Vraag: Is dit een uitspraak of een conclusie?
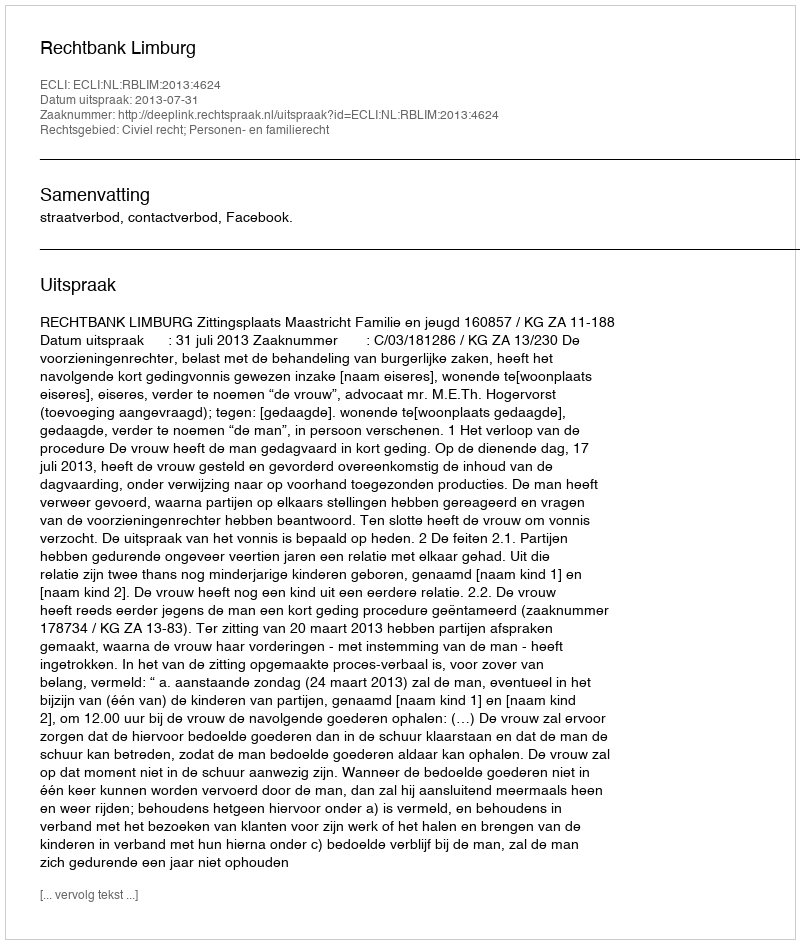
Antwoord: Uitspraak